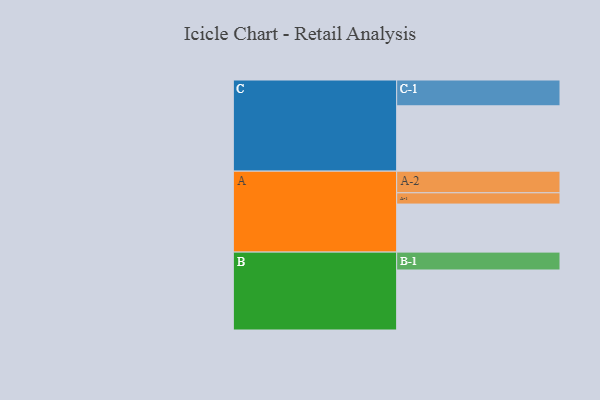
{"axis": {"x": "Segment", "y": "Value"}, "legend": ["", "A", "B", "C"], "data": [{"x": "A", "y": 406, "type": ""}, {"x": "B", "y": 507, "type": ""}, {"x": "C", "y": 552, "type": ""}, {"x": "A-1", "y": 95, "type": "A"}, {"x": "A-2", "y": 183, "type": "A"}, {"x": "B-1", "y": 151, "type": "B"}, {"x": "C-1", "y": 218, "type": "C"}]}